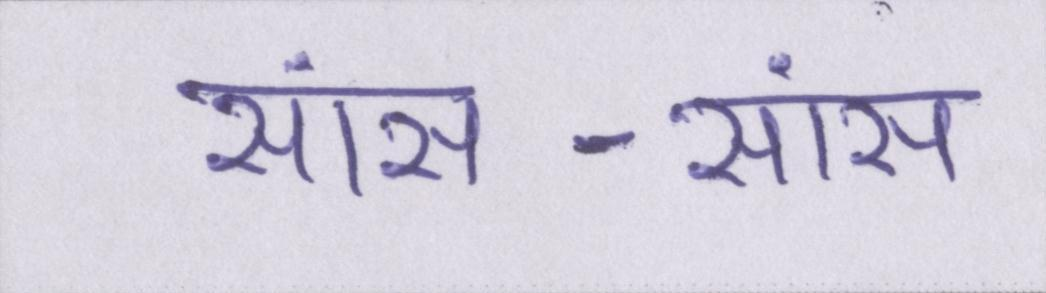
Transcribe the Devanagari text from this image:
सांस-सांस